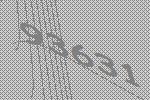
93631